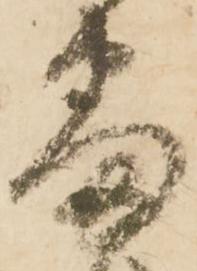
番